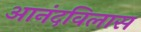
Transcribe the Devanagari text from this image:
आनंदविलास